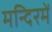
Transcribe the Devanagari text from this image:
मन्दिरमें